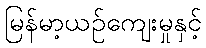
မြန်မာ့ယဉ်ကျေးမှုနှင့်